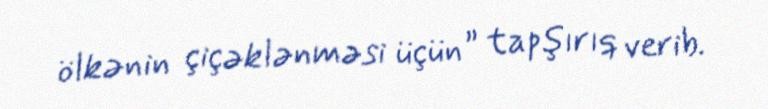
ölkənin çiçəklənməsi üçün” tapşırıq verib.